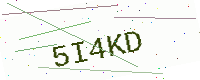
Text: 5I4KD